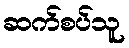
ဆက်စပ်သူ